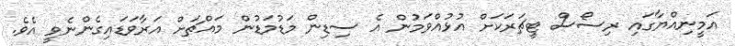
އަމީނިއްޔާގައި ރިސޯސް ޓީޗަރަކަށް އުޅުއްވަމުން އެ ސިޑިން މަޑުމަޑުން މައްޗަށް އަރާވަޑައިގެންނެވީ އެވެ.